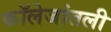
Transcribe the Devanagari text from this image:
कॉलेजांतली